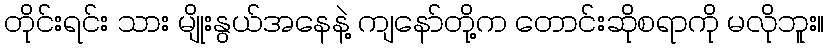
တိုင်းရင်း သား မျိုးနွယ်အနေနဲ့ ကျနော်တို့က တောင်းဆိုစရာကို မလိုဘူး။